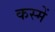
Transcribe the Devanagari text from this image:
कस्में